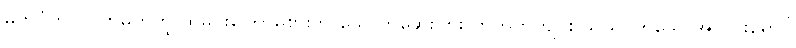
မှတ်ပုံတင်လက်မှတ်ကို ထမင်းကြော်မစားဘဲ သောက်ဆေးပြား ကတုတ်ကျင်း သွယ်ဝိုက်သောအလင်းရောင်